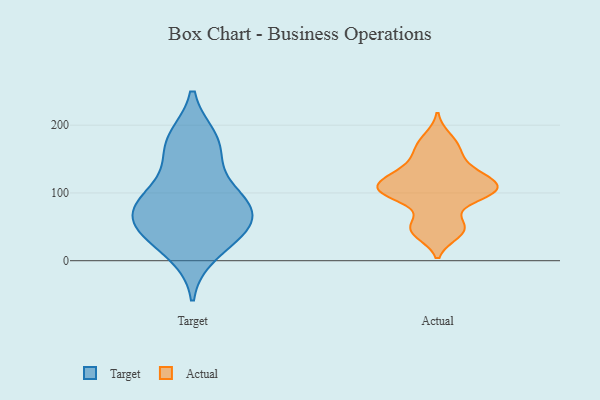
{"axis": {"x": "Shipments", "y": "Value"}, "legend": ["Actual", "Target"], "data": [{"x": "", "y": 158, "type": "Target"}, {"x": "", "y": 59, "type": "Target"}, {"x": "", "y": 48, "type": "Target"}, {"x": "", "y": 179, "type": "Target"}, {"x": "", "y": 12, "type": "Target"}, {"x": "", "y": 175, "type": "Target"}, {"x": "", "y": 74, "type": "Target"}, {"x": "", "y": 37, "type": "Target"}, {"x": "", "y": 91, "type": "Target"}, {"x": "", "y": 54, "type": "Target"}, {"x": "", "y": 95, "type": "Target"}, {"x": "", "y": 95, "type": "Target"}, {"x": "", "y": 40, "type": "Actual"}, {"x": "", "y": 166, "type": "Actual"}, {"x": "", "y": 137, "type": "Actual"}, {"x": "", "y": 161, "type": "Actual"}, {"x": "", "y": 134, "type": "Actual"}, {"x": "", "y": 113, "type": "Actual"}, {"x": "", "y": 105, "type": "Actual"}, {"x": "", "y": 182, "type": "Actual"}, {"x": "", "y": 54, "type": "Actual"}, {"x": "", "y": 105, "type": "Actual"}, {"x": "", "y": 43, "type": "Actual"}, {"x": "", "y": 100, "type": "Actual"}, {"x": "", "y": 96, "type": "Actual"}, {"x": "", "y": 107, "type": "Actual"}, {"x": "", "y": 116, "type": "Actual"}, {"x": "", "y": 124, "type": "Actual"}, {"x": "", "y": 52, "type": "Actual"}, {"x": "", "y": 93, "type": "Actual"}]}